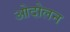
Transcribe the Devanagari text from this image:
ओदोलन